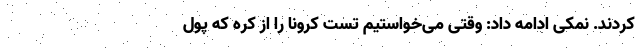
کردند. نمکی ادامه داد: وقتی می‌خواستیم تست کرونا را از کره که پول